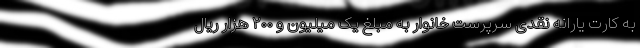
به کارت یارانه نقدی سرپرست خانوار به مبلغ یک میلیون و ۲۰۰ هزار ریال